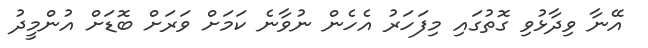
އޭނާ ވިދާޅުވި ގޮތުގައި މިފަހަރު އެހެން ނުވާނެ ކަމަށް ވަރަށް ބޮޑަށް އުންމީދު